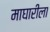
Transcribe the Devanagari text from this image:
माघारीला